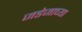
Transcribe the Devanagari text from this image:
जडेजाच्या